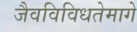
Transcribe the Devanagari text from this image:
जैवविविधतेमागे